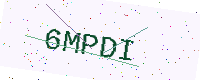
Text: 6MPDI